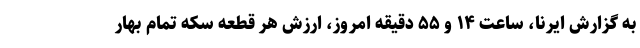
به گزارش ایرنا، ساعت ۱۴ و ۵۵ دقیقه امروز، ارزش هر قطعه سکه تمام بهار